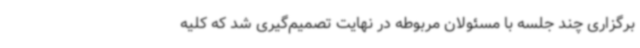
برگزاری چند جلسه با مسئولان مربوطه در نهایت تصمیم‌گیری شد که کلیه